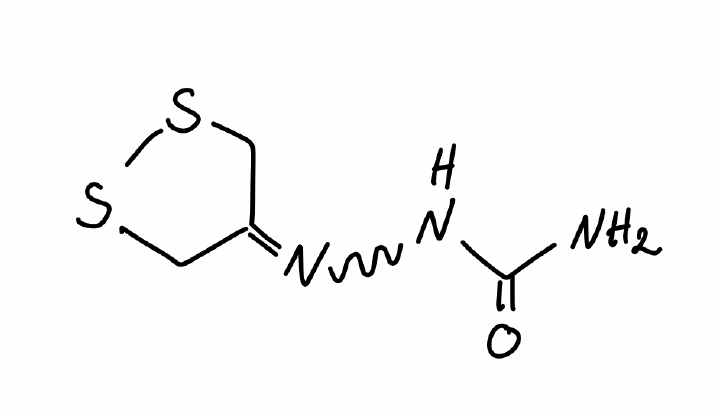
Simplified molecular-input line-entry system (SMILES) notation of the given molecule:
C1C(=NNC(=O)N)CSS1